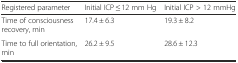
| Registered parameter | Initial ICP ≤ 12 mm Hg | Initial ICP > 12 mmHg |
 | --- | --- | --- |
 | Time of consciousness recovery, min | 17.4 ± 6.3 | 19.3 ± 8.2 |
 | Time to full orientation, min | 26.2 ± 9.5 | 28.6 ± 12.3 |